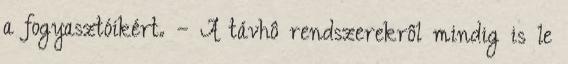
a fogyasztóikért. — A távhô rendszerekrôl mindig is le